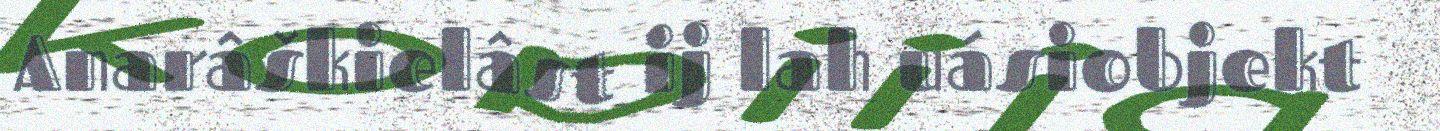
Anarâškielâst ij lah uásiobjekt